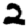
Digit: 2